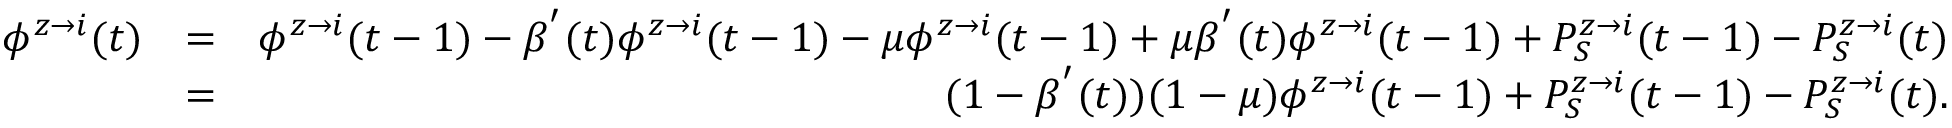
\begin{array} { r l r } { \phi ^ { z \rightarrow i } ( t ) } & { = } & { \phi ^ { z \rightarrow i } ( t - 1 ) - \beta ^ { ' } ( t ) \phi ^ { z \rightarrow i } ( t - 1 ) - \mu \phi ^ { z \rightarrow i } ( t - 1 ) + \mu \beta ^ { ' } ( t ) \phi ^ { z \rightarrow i } ( t - 1 ) + P _ { S } ^ { z \rightarrow i } ( t - 1 ) - P _ { S } ^ { z \rightarrow i } ( t ) } \\ & { = } & { ( 1 - \beta ^ { ' } ( t ) ) ( 1 - \mu ) \phi ^ { z \rightarrow i } ( t - 1 ) + P _ { S } ^ { z \rightarrow i } ( t - 1 ) - P _ { S } ^ { z \rightarrow i } ( t ) . } \end{array}